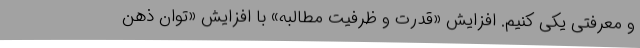
و معرفتی یکی کنیم. افزایش «قدرت و ظرفیت مطالبه» با افزایش «توان ذهن